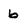
Character: b